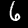
Digit: 6